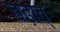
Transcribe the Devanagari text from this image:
चढ़ाव्